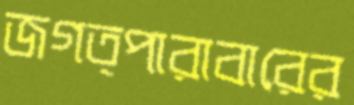
জগত্পারাবারের